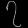
Digit: ၇